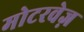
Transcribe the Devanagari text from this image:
मोटरवेज़